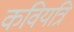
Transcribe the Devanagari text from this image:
कवियत्रि